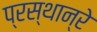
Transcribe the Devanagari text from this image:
प्रस्थान्रे